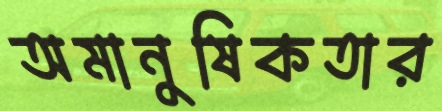
অমানুষিকতার